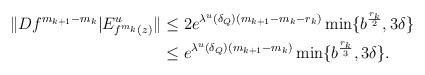
LaTeX: \begin{align*}\|Df^{m_{k+1}-m_k}|E^u_{f^{m_k}(z)}\| &\leq 2e^{\lambda^u(\delta_Q)(m_{k+1}-m_k-r_k)}\min\{b^{\frac{r_k}{2}},3\delta\}\\& \leq e^{\lambda^u(\delta_Q)(m_{k+1}-m_k)}\min\{b^{\frac{r_k}{3}},3\delta\}.\end{align*}